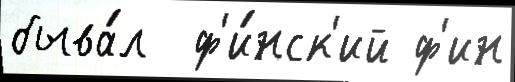
быва́л  ф'и́нск'ий ф'ин